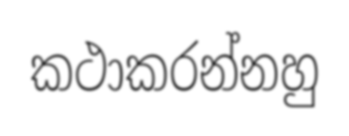
කථාකරන්නහු